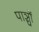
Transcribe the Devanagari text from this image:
पाञ्चों